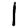
Digit: 1